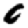
Digit: 0